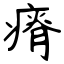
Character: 瘠